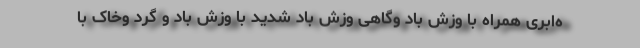
ه‌ابری همراه با وزش باد وگاهی وزش باد شدید با وزش باد و گرد وخاک با